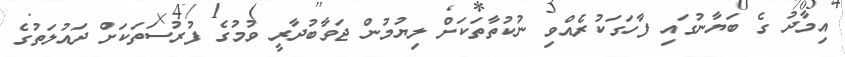
އިމާދު ގެ ބަޔާނުގައި ފާހަގަކުރެއްވި ނުކުތާތަކަށް ލިޔުމުން ޖަވާބުދާރީ ވުމުގެ ފުރުސަތަކަށް ދައުލަތުގެ